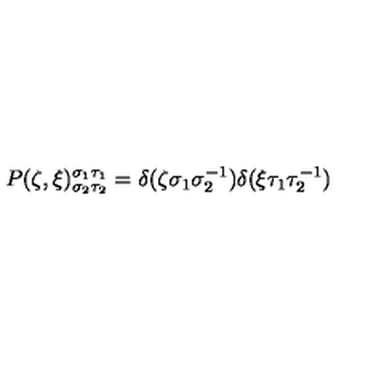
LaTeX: P ( \zeta , \xi ) _ { \sigma _ { 2 } \tau _ { 2 } } ^ { \sigma _ { 1 } \tau _ { 1 } } = \delta ( \zeta \sigma _ { 1 } \sigma _ { 2 } ^ { - 1 } ) \delta ( \xi \tau _ { 1 } \tau _ { 2 } ^ { - 1 } )